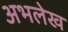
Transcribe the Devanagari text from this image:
अभलेख